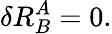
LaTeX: \delta R_{B}^{A}=0.